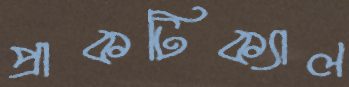
প্রাকটিক্যাল